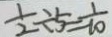
\frac { 1 } { 2 } \div 5 = \frac { 1 } { 1 0 }